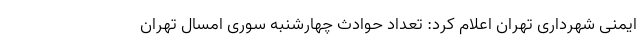
ایمنی شهرداری تهران اعلام کرد: تعداد حوادث چهارشنبه سوری امسال تهران